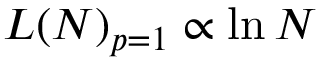
L ( N ) _ { p = 1 } \propto \ln { N }